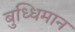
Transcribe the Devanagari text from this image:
बुध्धिमान